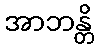
အာဘန္တိ